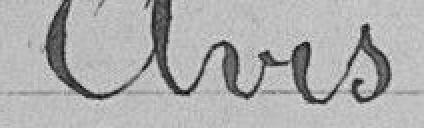
Avis